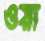
ওয়া